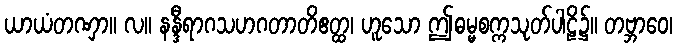
ယာယံတဏှာ။ လ။ နန္ဒီရာဂသဟဂတာတိဧတ္ထ၊ ဟူသော ဤဓမ္မစက္ကသုတ်ပါဠိ၌။ တဗ္ဘာဝေ၊